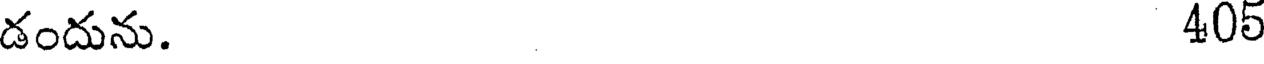
డందును. 405